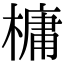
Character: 槦